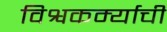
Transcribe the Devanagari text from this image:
विश्वकर्म्याची